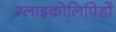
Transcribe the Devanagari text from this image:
ग्लाइकोलिपिडों